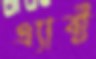
এ্যাক্ট